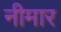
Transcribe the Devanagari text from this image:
नीमार